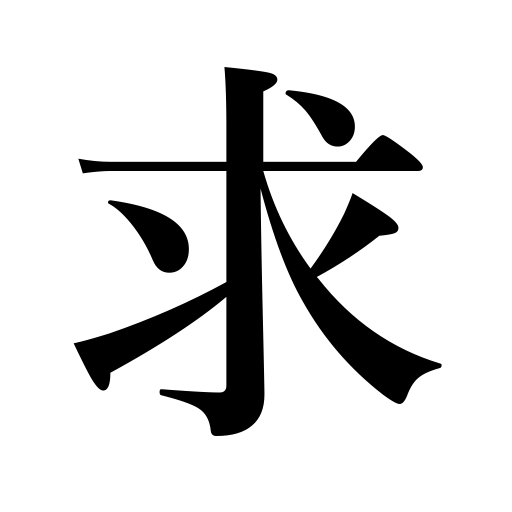
Meanings: wish for,search for,buy,seek,want,pursue pleasure,hunt a job,request,demand